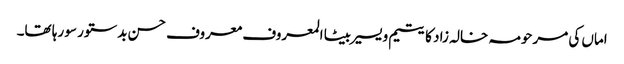
اماں کی مرحومہ خالہ زاد کا یتیم و یسیر بیٹا المعروف معروف حسن بدستور سو رہا تھا۔